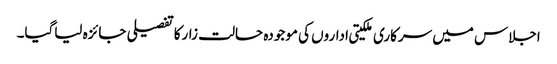
اجلاس میں سرکاری ملکیتی اداروں کی موجودہ حالت زارکاتفصیلی جائزہ لیاگیا۔